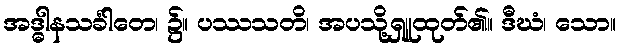
အဒ္ဓါနသင်္ခါတေ၊ ၌။ ပဿသတိ၊ အပသို့ရှူထုတ်၏။ ဒီဃံ၊ သော။